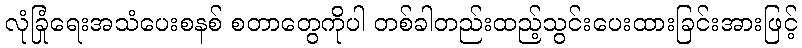
လုံခြုံရေးအသံပေးစနစ် စတာတွေကိုပါ တစ်ခါတည်းထည့်သွင်းပေးထားခြင်းအားဖြင့်